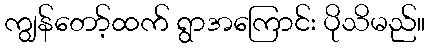
ကျွန်တော့်ထက် ရွာအကြောင်း ပိုသိမည်။